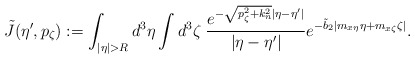
\begin{align*} {\tilde J} (\eta', p_\zeta):= \int_{|\eta| > R} d^3 \eta \int d^3 \zeta \; \frac{e^{-\sqrt{p_\zeta^2 + k_n^2}|\eta-\eta'|}}{|\eta-\eta'|} e^{-\tilde b_2 |m_{x\eta} \eta +m_{x\zeta} \zeta|} . \end{align*}